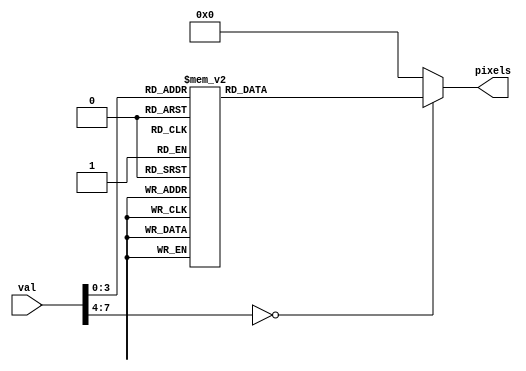
module disk200_20(val, pixels);
	input [7:0] val;
	//200*20
	output reg [200*20-1:0] pixels;
	always
	begin
		case(val)		
		1:begin
			pixels[01*200-1:00*200]<=200'h0000000000000000000000FFFFFF0000000000000000000000;;
			pixels[02*200-1:01*200]<=200'h0000000000000000000000FFFFFF0000000000000000000000;
			pixels[03*200-1:02*200]<=200'h0000000000000000000000FFFFFF0000000000000000000000;
			pixels[04*200-1:03*200]<=200'h0000000000000000000000FFFFFF0000000000000000000000;
			pixels[05*200-1:04*200]<=200'h0000000000000000000000FFFFFF0000000000000000000000;
			pixels[06*200-1:05*200]<=200'h0000000000000000000000FFFFFF0000000000000000000000;
			pixels[07*200-1:06*200]<=200'h0000000000000000000000FFFFFF0000000000000000000000;
			pixels[08*200-1:07*200]<=200'h0000000000000000000000FFFFFF0000000000000000000000;
			pixels[09*200-1:08*200]<=200'h0000000000000000000000FFFFFF0000000000000000000000;
			pixels[10*200-1:09*200]<=200'h0000000000000000000000FFFFFF0000000000000000000000;
			pixels[11*200-1:10*200]<=200'h0000000000000000000000FFFFFF0000000000000000000000;
			pixels[12*200-1:11*200]<=200'h0000000000000000000000FFFFFF0000000000000000000000;
			pixels[13*200-1:12*200]<=200'h0000000000000000000000FFFFFF0000000000000000000000;
			pixels[14*200-1:13*200]<=200'h0000000000000000000000FFFFFF0000000000000000000000;
			pixels[15*200-1:14*200]<=200'h0000000000000000000000FFFFFF0000000000000000000000;
			pixels[16*200-1:15*200]<=200'h0000000000000000000000FFFFFF0000000000000000000000;
			pixels[17*200-1:16*200]<=200'h0000000000000000000000FFFFFF0000000000000000000000;
			pixels[18*200-1:17*200]<=200'h0000000000000000000000FFFFFF0000000000000000000000;
			pixels[19*200-1:18*200]<=200'h0000000000000000000000FFFFFF0000000000000000000000;
			pixels[20*200-1:19*200]<=200'h0000000000000000000000FFFFFF0000000000000000000000;

		end
		2:begin
			pixels[01*200-1:00*200]<=200'h00000000000000000000FFFFFFFFFF00000000000000000000;
			pixels[02*200-1:01*200]<=200'h00000000000000000000FFFFFFFFFF00000000000000000000;
			pixels[03*200-1:02*200]<=200'h00000000000000000000FFFFFFFFFF00000000000000000000;
			pixels[04*200-1:03*200]<=200'h00000000000000000000FFFFFFFFFF00000000000000000000;			
			pixels[05*200-1:04*200]<=200'h00000000000000000000FFFFFFFFFF00000000000000000000;
			pixels[06*200-1:05*200]<=200'h00000000000000000000FFFFFFFFFF00000000000000000000;
			pixels[07*200-1:06*200]<=200'h00000000000000000000FFFFFFFFFF00000000000000000000;
			pixels[08*200-1:07*200]<=200'h00000000000000000000FFFFFFFFFF00000000000000000000;
			pixels[09*200-1:08*200]<=200'h00000000000000000000FFFFFFFFFF00000000000000000000;
			pixels[10*200-1:09*200]<=200'h00000000000000000000FFFFFFFFFF00000000000000000000;
			pixels[11*200-1:10*200]<=200'h00000000000000000000FFFFFFFFFF00000000000000000000;
			pixels[12*200-1:11*200]<=200'h00000000000000000000FFFFFFFFFF00000000000000000000;
			pixels[13*200-1:12*200]<=200'h00000000000000000000FFFFFFFFFF00000000000000000000;
			pixels[14*200-1:13*200]<=200'h00000000000000000000FFFFFFFFFF00000000000000000000;
			pixels[15*200-1:14*200]<=200'h00000000000000000000FFFFFFFFFF00000000000000000000;
			pixels[16*200-1:15*200]<=200'h00000000000000000000FFFFFFFFFF00000000000000000000;
			pixels[17*200-1:16*200]<=200'h00000000000000000000FFFFFFFFFF00000000000000000000;
			pixels[18*200-1:17*200]<=200'h00000000000000000000FFFFFFFFFF00000000000000000000;
			pixels[19*200-1:18*200]<=200'h00000000000000000000FFFFFFFFFF00000000000000000000;
			pixels[20*200-1:19*200]<=200'h00000000000000000000FFFFFFFFFF00000000000000000000;

		end
		3:begin
			pixels[01*200-1:00*200]<=200'h000000000000000000FFFFFFFFFFFFFF000000000000000000;
			pixels[02*200-1:01*200]<=200'h000000000000000000FFFFFFFFFFFFFF000000000000000000;
			pixels[03*200-1:02*200]<=200'h000000000000000000FFFFFFFFFFFFFF000000000000000000;
			pixels[04*200-1:03*200]<=200'h000000000000000000FFFFFFFFFFFFFF000000000000000000;			
			pixels[05*200-1:04*200]<=200'h000000000000000000FFFFFFFFFFFFFF000000000000000000;
			pixels[06*200-1:05*200]<=200'h000000000000000000FFFFFFFFFFFFFF000000000000000000;
			pixels[07*200-1:06*200]<=200'h000000000000000000FFFFFFFFFFFFFF000000000000000000;
			pixels[08*200-1:07*200]<=200'h000000000000000000FFFFFFFFFFFFFF000000000000000000;
			pixels[09*200-1:08*200]<=200'h000000000000000000FFFFFFFFFFFFFF000000000000000000;
			pixels[10*200-1:09*200]<=200'h000000000000000000FFFFFFFFFFFFFF000000000000000000;
			pixels[11*200-1:10*200]<=200'h000000000000000000FFFFFFFFFFFFFF000000000000000000;
			pixels[12*200-1:11*200]<=200'h000000000000000000FFFFFFFFFFFFFF000000000000000000;
			pixels[13*200-1:12*200]<=200'h000000000000000000FFFFFFFFFFFFFF000000000000000000;
			pixels[14*200-1:13*200]<=200'h000000000000000000FFFFFFFFFFFFFF000000000000000000;
			pixels[15*200-1:14*200]<=200'h000000000000000000FFFFFFFFFFFFFF000000000000000000;
			pixels[16*200-1:15*200]<=200'h000000000000000000FFFFFFFFFFFFFF000000000000000000;
			pixels[17*200-1:16*200]<=200'h000000000000000000FFFFFFFFFFFFFF000000000000000000;
			pixels[18*200-1:17*200]<=200'h000000000000000000FFFFFFFFFFFFFF000000000000000000;
			pixels[19*200-1:18*200]<=200'h000000000000000000FFFFFFFFFFFFFF000000000000000000;
			pixels[20*200-1:19*200]<=200'h000000000000000000FFFFFFFFFFFFFF000000000000000000;

		end
		4:begin
			pixels[01*200-1:00*200]<=200'h0000000000000000FFFFFFFFFFFFFFFFFF0000000000000000;
			pixels[02*200-1:01*200]<=200'h0000000000000000FFFFFFFFFFFFFFFFFF0000000000000000;
			pixels[03*200-1:02*200]<=200'h0000000000000000FFFFFFFFFFFFFFFFFF0000000000000000;
			pixels[04*200-1:03*200]<=200'h0000000000000000FFFFFFFFFFFFFFFFFF0000000000000000;	
			pixels[05*200-1:04*200]<=200'h0000000000000000FFFFFFFFFFFFFFFFFF0000000000000000;
			pixels[06*200-1:05*200]<=200'h0000000000000000FFFFFFFFFFFFFFFFFF0000000000000000;
			pixels[07*200-1:06*200]<=200'h0000000000000000FFFFFFFFFFFFFFFFFF0000000000000000;
			pixels[08*200-1:07*200]<=200'h0000000000000000FFFFFFFFFFFFFFFFFF0000000000000000;
			pixels[09*200-1:08*200]<=200'h0000000000000000FFFFFFFFFFFFFFFFFF0000000000000000;
			pixels[10*200-1:09*200]<=200'h0000000000000000FFFFFFFFFFFFFFFFFF0000000000000000;
			pixels[11*200-1:10*200]<=200'h0000000000000000FFFFFFFFFFFFFFFFFF0000000000000000;
			pixels[12*200-1:11*200]<=200'h0000000000000000FFFFFFFFFFFFFFFFFF0000000000000000;
			pixels[13*200-1:12*200]<=200'h0000000000000000FFFFFFFFFFFFFFFFFF0000000000000000;
			pixels[14*200-1:13*200]<=200'h0000000000000000FFFFFFFFFFFFFFFFFF0000000000000000;
			pixels[15*200-1:14*200]<=200'h0000000000000000FFFFFFFFFFFFFFFFFF0000000000000000;
			pixels[16*200-1:15*200]<=200'h0000000000000000FFFFFFFFFFFFFFFFFF0000000000000000;
			pixels[17*200-1:16*200]<=200'h0000000000000000FFFFFFFFFFFFFFFFFF0000000000000000;
			pixels[18*200-1:17*200]<=200'h0000000000000000FFFFFFFFFFFFFFFFFF0000000000000000;
			pixels[19*200-1:18*200]<=200'h0000000000000000FFFFFFFFFFFFFFFFFF0000000000000000;
			pixels[20*200-1:19*200]<=200'h0000000000000000FFFFFFFFFFFFFFFFFF0000000000000000;

		end
		5:begin
			pixels[01*200-1:00*200]<=200'h00000000000000FFFFFFFFFFFFFFFFFFFFFF00000000000000;
			pixels[02*200-1:01*200]<=200'h00000000000000FFFFFFFFFFFFFFFFFFFFFF00000000000000;
			pixels[03*200-1:02*200]<=200'h00000000000000FFFFFFFFFFFFFFFFFFFFFF00000000000000;
			pixels[04*200-1:03*200]<=200'h00000000000000FFFFFFFFFFFFFFFFFFFFFF00000000000000;			
			pixels[05*200-1:04*200]<=200'h00000000000000FFFFFFFFFFFFFFFFFFFFFF00000000000000;
			pixels[06*200-1:05*200]<=200'h00000000000000FFFFFFFFFFFFFFFFFFFFFF00000000000000;
			pixels[07*200-1:06*200]<=200'h00000000000000FFFFFFFFFFFFFFFFFFFFFF00000000000000;
			pixels[08*200-1:07*200]<=200'h00000000000000FFFFFFFFFFFFFFFFFFFFFF00000000000000;
			pixels[09*200-1:08*200]<=200'h00000000000000FFFFFFFFFFFFFFFFFFFFFF00000000000000;
			pixels[10*200-1:09*200]<=200'h00000000000000FFFFFFFFFFFFFFFFFFFFFF00000000000000;
			pixels[11*200-1:10*200]<=200'h00000000000000FFFFFFFFFFFFFFFFFFFFFF00000000000000;
			pixels[12*200-1:11*200]<=200'h00000000000000FFFFFFFFFFFFFFFFFFFFFF00000000000000;
			pixels[13*200-1:12*200]<=200'h00000000000000FFFFFFFFFFFFFFFFFFFFFF00000000000000;
			pixels[14*200-1:13*200]<=200'h00000000000000FFFFFFFFFFFFFFFFFFFFFF00000000000000;
			pixels[15*200-1:14*200]<=200'h00000000000000FFFFFFFFFFFFFFFFFFFFFF00000000000000;
			pixels[16*200-1:15*200]<=200'h00000000000000FFFFFFFFFFFFFFFFFFFFFF00000000000000;
			pixels[17*200-1:16*200]<=200'h00000000000000FFFFFFFFFFFFFFFFFFFFFF00000000000000;
			pixels[18*200-1:17*200]<=200'h00000000000000FFFFFFFFFFFFFFFFFFFFFF00000000000000;
			pixels[19*200-1:18*200]<=200'h00000000000000FFFFFFFFFFFFFFFFFFFFFF00000000000000;
			pixels[20*200-1:19*200]<=200'h00000000000000FFFFFFFFFFFFFFFFFFFFFF00000000000000;

		end
		6:begin
			pixels[01*200-1:00*200]<=200'h000000000000FFFFFFFFFFFFFFFFFFFFFFFFFF000000000000;
			pixels[02*200-1:01*200]<=200'h000000000000FFFFFFFFFFFFFFFFFFFFFFFFFF000000000000;
			pixels[03*200-1:02*200]<=200'h000000000000FFFFFFFFFFFFFFFFFFFFFFFFFF000000000000;
			pixels[04*200-1:03*200]<=200'h000000000000FFFFFFFFFFFFFFFFFFFFFFFFFF000000000000;			
			pixels[05*200-1:04*200]<=200'h000000000000FFFFFFFFFFFFFFFFFFFFFFFFFF000000000000;
			pixels[06*200-1:05*200]<=200'h000000000000FFFFFFFFFFFFFFFFFFFFFFFFFF000000000000;
			pixels[07*200-1:06*200]<=200'h000000000000FFFFFFFFFFFFFFFFFFFFFFFFFF000000000000;
			pixels[08*200-1:07*200]<=200'h000000000000FFFFFFFFFFFFFFFFFFFFFFFFFF000000000000;
			pixels[09*200-1:08*200]<=200'h000000000000FFFFFFFFFFFFFFFFFFFFFFFFFF000000000000;
			pixels[10*200-1:09*200]<=200'h000000000000FFFFFFFFFFFFFFFFFFFFFFFFFF000000000000;
			pixels[11*200-1:10*200]<=200'h000000000000FFFFFFFFFFFFFFFFFFFFFFFFFF000000000000;
			pixels[12*200-1:11*200]<=200'h000000000000FFFFFFFFFFFFFFFFFFFFFFFFFF000000000000;
			pixels[13*200-1:12*200]<=200'h000000000000FFFFFFFFFFFFFFFFFFFFFFFFFF000000000000;
			pixels[14*200-1:13*200]<=200'h000000000000FFFFFFFFFFFFFFFFFFFFFFFFFF000000000000;
			pixels[15*200-1:14*200]<=200'h000000000000FFFFFFFFFFFFFFFFFFFFFFFFFF000000000000;
			pixels[16*200-1:15*200]<=200'h000000000000FFFFFFFFFFFFFFFFFFFFFFFFFF000000000000;
			pixels[17*200-1:16*200]<=200'h000000000000FFFFFFFFFFFFFFFFFFFFFFFFFF000000000000;
			pixels[18*200-1:17*200]<=200'h000000000000FFFFFFFFFFFFFFFFFFFFFFFFFF000000000000;
			pixels[19*200-1:18*200]<=200'h000000000000FFFFFFFFFFFFFFFFFFFFFFFFFF000000000000;
			pixels[20*200-1:19*200]<=200'h000000000000FFFFFFFFFFFFFFFFFFFFFFFFFF000000000000;

		end
		7:begin
			pixels[01*200-1:00*200]<=200'h0000000000FFFFFFFFFFFFFFFFFFFFFFFFFFFFFF0000000000;
			pixels[02*200-1:01*200]<=200'h0000000000FFFFFFFFFFFFFFFFFFFFFFFFFFFFFF0000000000;
			pixels[03*200-1:02*200]<=200'h0000000000FFFFFFFFFFFFFFFFFFFFFFFFFFFFFF0000000000;
			pixels[04*200-1:03*200]<=200'h0000000000FFFFFFFFFFFFFFFFFFFFFFFFFFFFFF0000000000;			
			pixels[05*200-1:04*200]<=200'h0000000000FFFFFFFFFFFFFFFFFFFFFFFFFFFFFF0000000000;
			pixels[06*200-1:05*200]<=200'h0000000000FFFFFFFFFFFFFFFFFFFFFFFFFFFFFF0000000000;
			pixels[07*200-1:06*200]<=200'h0000000000FFFFFFFFFFFFFFFFFFFFFFFFFFFFFF0000000000;
			pixels[08*200-1:07*200]<=200'h0000000000FFFFFFFFFFFFFFFFFFFFFFFFFFFFFF0000000000;
			pixels[09*200-1:08*200]<=200'h0000000000FFFFFFFFFFFFFFFFFFFFFFFFFFFFFF0000000000;
			pixels[10*200-1:09*200]<=200'h0000000000FFFFFFFFFFFFFFFFFFFFFFFFFFFFFF0000000000;
			pixels[11*200-1:10*200]<=200'h0000000000FFFFFFFFFFFFFFFFFFFFFFFFFFFFFF0000000000;
			pixels[12*200-1:11*200]<=200'h0000000000FFFFFFFFFFFFFFFFFFFFFFFFFFFFFF0000000000;
			pixels[13*200-1:12*200]<=200'h0000000000FFFFFFFFFFFFFFFFFFFFFFFFFFFFFF0000000000;
			pixels[14*200-1:13*200]<=200'h0000000000FFFFFFFFFFFFFFFFFFFFFFFFFFFFFF0000000000;
			pixels[15*200-1:14*200]<=200'h0000000000FFFFFFFFFFFFFFFFFFFFFFFFFFFFFF0000000000;
			pixels[16*200-1:15*200]<=200'h0000000000FFFFFFFFFFFFFFFFFFFFFFFFFFFFFF0000000000;
			pixels[17*200-1:16*200]<=200'h0000000000FFFFFFFFFFFFFFFFFFFFFFFFFFFFFF0000000000;
			pixels[18*200-1:17*200]<=200'h0000000000FFFFFFFFFFFFFFFFFFFFFFFFFFFFFF0000000000;
			pixels[19*200-1:18*200]<=200'h0000000000FFFFFFFFFFFFFFFFFFFFFFFFFFFFFF0000000000;
			pixels[20*200-1:19*200]<=200'h0000000000FFFFFFFFFFFFFFFFFFFFFFFFFFFFFF0000000000;

		end
		8:begin
			pixels[01*200-1:00*200]<=200'h00000000FFFFFFFFFFFFFFFFFFFFFFFFFFFFFFFFFF00000000;
			pixels[02*200-1:01*200]<=200'h00000000FFFFFFFFFFFFFFFFFFFFFFFFFFFFFFFFFF00000000;
			pixels[03*200-1:02*200]<=200'h00000000FFFFFFFFFFFFFFFFFFFFFFFFFFFFFFFFFF00000000;
			pixels[04*200-1:03*200]<=200'h00000000FFFFFFFFFFFFFFFFFFFFFFFFFFFFFFFFFF00000000;			
			pixels[05*200-1:04*200]<=200'h00000000FFFFFFFFFFFFFFFFFFFFFFFFFFFFFFFFFF00000000;
			pixels[06*200-1:05*200]<=200'h00000000FFFFFFFFFFFFFFFFFFFFFFFFFFFFFFFFFF00000000;
			pixels[07*200-1:06*200]<=200'h00000000FFFFFFFFFFFFFFFFFFFFFFFFFFFFFFFFFF00000000;
			pixels[08*200-1:07*200]<=200'h00000000FFFFFFFFFFFFFFFFFFFFFFFFFFFFFFFFFF00000000;
			pixels[09*200-1:08*200]<=200'h00000000FFFFFFFFFFFFFFFFFFFFFFFFFFFFFFFFFF00000000;
			pixels[10*200-1:09*200]<=200'h00000000FFFFFFFFFFFFFFFFFFFFFFFFFFFFFFFFFF00000000;
			pixels[11*200-1:10*200]<=200'h00000000FFFFFFFFFFFFFFFFFFFFFFFFFFFFFFFFFF00000000;
			pixels[12*200-1:11*200]<=200'h00000000FFFFFFFFFFFFFFFFFFFFFFFFFFFFFFFFFF00000000;
			pixels[13*200-1:12*200]<=200'h00000000FFFFFFFFFFFFFFFFFFFFFFFFFFFFFFFFFF00000000;
			pixels[14*200-1:13*200]<=200'h00000000FFFFFFFFFFFFFFFFFFFFFFFFFFFFFFFFFF00000000;
			pixels[15*200-1:14*200]<=200'h00000000FFFFFFFFFFFFFFFFFFFFFFFFFFFFFFFFFF00000000;
			pixels[16*200-1:15*200]<=200'h00000000FFFFFFFFFFFFFFFFFFFFFFFFFFFFFFFFFF00000000;
			pixels[17*200-1:16*200]<=200'h00000000FFFFFFFFFFFFFFFFFFFFFFFFFFFFFFFFFF00000000;
			pixels[18*200-1:17*200]<=200'h00000000FFFFFFFFFFFFFFFFFFFFFFFFFFFFFFFFFF00000000;
			pixels[19*200-1:18*200]<=200'h00000000FFFFFFFFFFFFFFFFFFFFFFFFFFFFFFFFFF00000000;
			pixels[20*200-1:19*200]<=200'h00000000FFFFFFFFFFFFFFFFFFFFFFFFFFFFFFFFFF00000000;

		end
		9:begin
			pixels[01*200-1:00*200]<=200'h000000FFFFFFFFFFFFFFFFFFFFFFFFFFFFFFFFFFFFFF000000;
			pixels[02*200-1:01*200]<=200'h000000FFFFFFFFFFFFFFFFFFFFFFFFFFFFFFFFFFFFFF000000;
			pixels[03*200-1:02*200]<=200'h000000FFFFFFFFFFFFFFFFFFFFFFFFFFFFFFFFFFFFFF000000;
			pixels[04*200-1:03*200]<=200'h000000FFFFFFFFFFFFFFFFFFFFFFFFFFFFFFFFFFFFFF000000;			
			pixels[05*200-1:04*200]<=200'h000000FFFFFFFFFFFFFFFFFFFFFFFFFFFFFFFFFFFFFF000000;
			pixels[06*200-1:05*200]<=200'h000000FFFFFFFFFFFFFFFFFFFFFFFFFFFFFFFFFFFFFF000000;
			pixels[07*200-1:06*200]<=200'h000000FFFFFFFFFFFFFFFFFFFFFFFFFFFFFFFFFFFFFF000000;
			pixels[08*200-1:07*200]<=200'h000000FFFFFFFFFFFFFFFFFFFFFFFFFFFFFFFFFFFFFF000000;
			pixels[09*200-1:08*200]<=200'h000000FFFFFFFFFFFFFFFFFFFFFFFFFFFFFFFFFFFFFF000000;
			pixels[10*200-1:09*200]<=200'h000000FFFFFFFFFFFFFFFFFFFFFFFFFFFFFFFFFFFFFF000000;
			pixels[11*200-1:10*200]<=200'h000000FFFFFFFFFFFFFFFFFFFFFFFFFFFFFFFFFFFFFF000000;
			pixels[12*200-1:11*200]<=200'h000000FFFFFFFFFFFFFFFFFFFFFFFFFFFFFFFFFFFFFF000000;
			pixels[13*200-1:12*200]<=200'h000000FFFFFFFFFFFFFFFFFFFFFFFFFFFFFFFFFFFFFF000000;
			pixels[14*200-1:13*200]<=200'h000000FFFFFFFFFFFFFFFFFFFFFFFFFFFFFFFFFFFFFF000000;
			pixels[15*200-1:14*200]<=200'h000000FFFFFFFFFFFFFFFFFFFFFFFFFFFFFFFFFFFFFF000000;
			pixels[16*200-1:15*200]<=200'h000000FFFFFFFFFFFFFFFFFFFFFFFFFFFFFFFFFFFFFF000000;
			pixels[17*200-1:16*200]<=200'h000000FFFFFFFFFFFFFFFFFFFFFFFFFFFFFFFFFFFFFF000000;
			pixels[18*200-1:17*200]<=200'h000000FFFFFFFFFFFFFFFFFFFFFFFFFFFFFFFFFFFFFF000000;
			pixels[19*200-1:18*200]<=200'h000000FFFFFFFFFFFFFFFFFFFFFFFFFFFFFFFFFFFFFF000000;
			pixels[20*200-1:19*200]<=200'h000000FFFFFFFFFFFFFFFFFFFFFFFFFFFFFFFFFFFFFF000000;

		end
		10:begin
			pixels[01*200-1:00*200]<=200'h0000FFFFFFFFFFFFFFFFFFFFFFFFFFFFFFFFFFFFFFFFFF0000;			
			pixels[02*200-1:01*200]<=200'h0000FFFFFFFFFFFFFFFFFFFFFFFFFFFFFFFFFFFFFFFFFF0000;
			pixels[03*200-1:02*200]<=200'h0000FFFFFFFFFFFFFFFFFFFFFFFFFFFFFFFFFFFFFFFFFF0000;
			pixels[04*200-1:03*200]<=200'h0000FFFFFFFFFFFFFFFFFFFFFFFFFFFFFFFFFFFFFFFFFF0000;			
			pixels[05*200-1:04*200]<=200'h0000FFFFFFFFFFFFFFFFFFFFFFFFFFFFFFFFFFFFFFFFFF0000;
			pixels[06*200-1:05*200]<=200'h0000FFFFFFFFFFFFFFFFFFFFFFFFFFFFFFFFFFFFFFFFFF0000;
			pixels[07*200-1:06*200]<=200'h0000FFFFFFFFFFFFFFFFFFFFFFFFFFFFFFFFFFFFFFFFFF0000;
			pixels[08*200-1:07*200]<=200'h0000FFFFFFFFFFFFFFFFFFFFFFFFFFFFFFFFFFFFFFFFFF0000;
			pixels[09*200-1:08*200]<=200'h0000FFFFFFFFFFFFFFFFFFFFFFFFFFFFFFFFFFFFFFFFFF0000;
			pixels[10*200-1:09*200]<=200'h0000FFFFFFFFFFFFFFFFFFFFFFFFFFFFFFFFFFFFFFFFFF0000;
			pixels[11*200-1:10*200]<=200'h0000FFFFFFFFFFFFFFFFFFFFFFFFFFFFFFFFFFFFFFFFFF0000;
			pixels[12*200-1:11*200]<=200'h0000FFFFFFFFFFFFFFFFFFFFFFFFFFFFFFFFFFFFFFFFFF0000;
			pixels[13*200-1:12*200]<=200'h0000FFFFFFFFFFFFFFFFFFFFFFFFFFFFFFFFFFFFFFFFFF0000;
			pixels[14*200-1:13*200]<=200'h0000FFFFFFFFFFFFFFFFFFFFFFFFFFFFFFFFFFFFFFFFFF0000;
			pixels[15*200-1:14*200]<=200'h0000FFFFFFFFFFFFFFFFFFFFFFFFFFFFFFFFFFFFFFFFFF0000;
			pixels[16*200-1:15*200]<=200'h0000FFFFFFFFFFFFFFFFFFFFFFFFFFFFFFFFFFFFFFFFFF0000;
			pixels[17*200-1:16*200]<=200'h0000FFFFFFFFFFFFFFFFFFFFFFFFFFFFFFFFFFFFFFFFFF0000;
			pixels[18*200-1:17*200]<=200'h0000FFFFFFFFFFFFFFFFFFFFFFFFFFFFFFFFFFFFFFFFFF0000;
			pixels[19*200-1:18*200]<=200'h0000FFFFFFFFFFFFFFFFFFFFFFFFFFFFFFFFFFFFFFFFFF0000;
			pixels[20*200-1:19*200]<=200'h0000FFFFFFFFFFFFFFFFFFFFFFFFFFFFFFFFFFFFFFFFFF0000;

		end
		default:begin
			pixels[200*20-1:0]<=4000'b0;
		end
		endcase
		
	end
endmodule